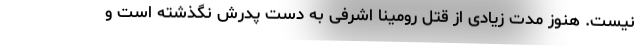
نیست. هنوز مدت زیادی از قتل رومینا اشرفی به دست پدرش نگذشته است و